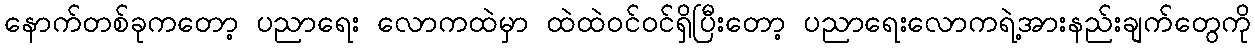
နောက်တစ်ခုကတော့ ပညာရေး လောကထဲမှာ ထဲထဲဝင်ဝင်ရှိပြီးတော့ ပညာရေးလောကရဲ့အားနည်းချက်တွေကို